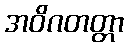
အဝိဂတတ္တာ